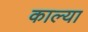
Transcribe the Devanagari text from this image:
काल्या